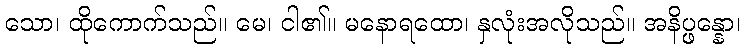
သော၊ ထိုကောက်သည်။ မေ၊ ငါ၏။ မနောရထော၊ နှလုံးအလိုသည်။ အနိပ္ဖန္နော၊